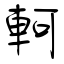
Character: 軻